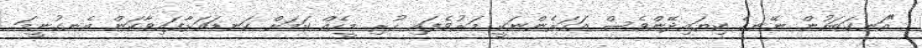
"އަނގަބަހުން ނޭނގެ ކިޔައިދޭންވެސް އަހަރެންނަކީ މަރުވެފައި ހުރި މީހެއް ކަމަށް ކަނޑައަޅާފައިވާކަން އެނގުނީމަ.